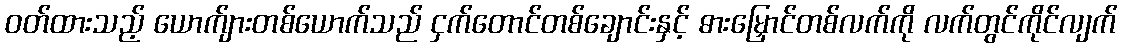
ဝတ်ထားသည့် ယောက်ျားတစ်ယောက်သည် ငှက်တောင်တစ်ချောင်းနှင့် ဓားမြှောင်တစ်လက်ကို လက်တွင်ကိုင်လျက်